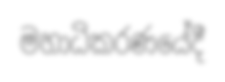
මහාධිකරණයේදී